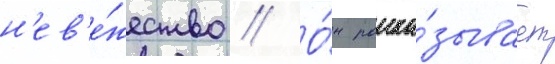
н'ев'е́жество // О́н расска́зывает